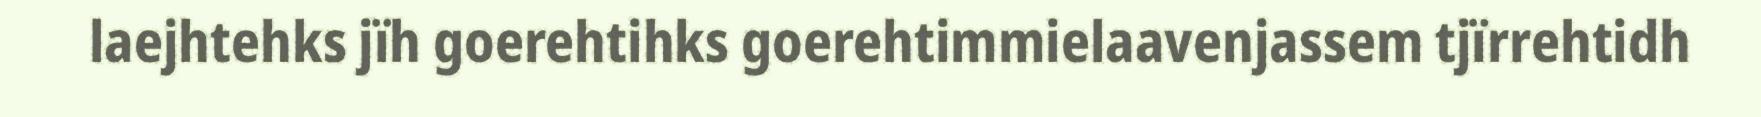
laejhtehks jïh goerehtihks goerehtimmielaavenjassem tjïrrehtidh